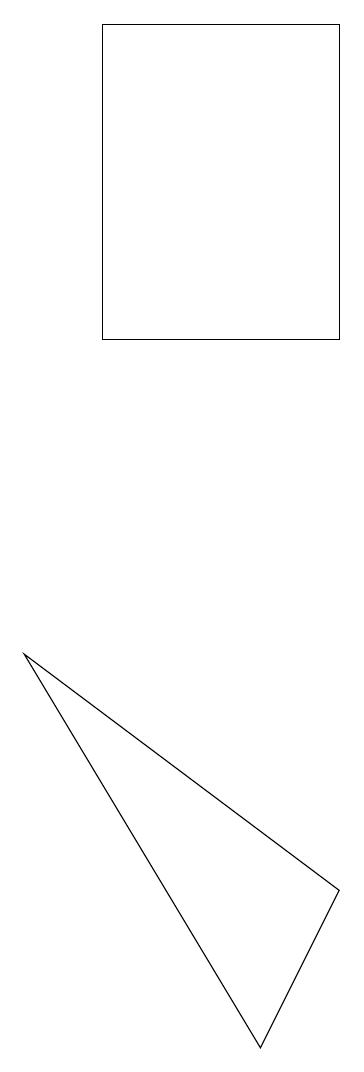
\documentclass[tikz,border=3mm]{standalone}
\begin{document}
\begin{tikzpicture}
\draw (7,5) -- (3,8) -- (6,3) -- cycle;
\draw (5,14) rectangle (5,14);
\draw (4,12) rectangle (7,16);
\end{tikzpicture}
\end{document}